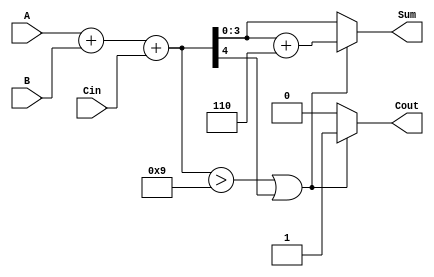
module BCD_Adder (
    input  [3:0] A,     // First BCD digit
    input  [3:0] B,     // Second BCD digit
    input        Cin,    // Carry input
    output reg [3:0] Sum, // BCD result
    output reg Cout      // Carry output
);

    wire [4:0] binary_sum; // 5-bit wire to hold the binary sum
    wire correction_needed; // Flag to indicate if correction is needed

    // Step 1: Compute the binary sum of A, B, and Cin
    assign binary_sum = A + B + Cin;

    // Step 2: Check if correction is needed
    assign correction_needed = (binary_sum > 5'b01001) || binary_sum[4];

    // Step 3: Compute the corrected sum and carry out
    always @(*) begin
        if (correction_needed) begin
            Sum = binary_sum[3:0] + 4'b0110; // Apply BCD correction
            Cout = 1; // Set carry out
        end else begin
            Sum = binary_sum[3:0]; // No correction needed
            Cout = 0; // No carry out
        end
    end

endmodule